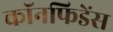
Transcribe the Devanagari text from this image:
कॉनफिडेंस